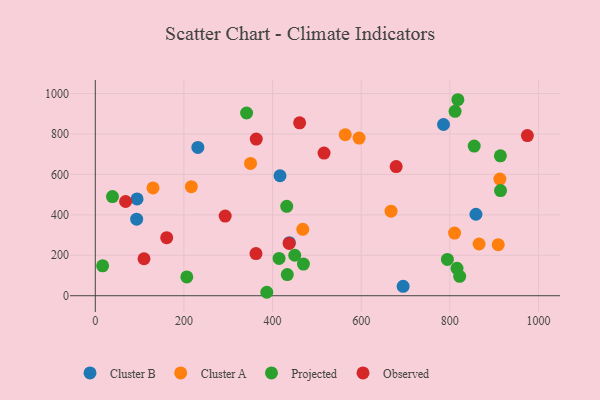
{"axis": {"x": "Experience", "y": "Exam Score"}, "legend": ["Cluster A", "Cluster B", "Observed", "Projected"], "data": [{"x": "694.7", "y": 46.3, "type": "Cluster B"}, {"x": "94.2", "y": 478.9, "type": "Cluster B"}, {"x": "437.9", "y": 262.6, "type": "Cluster B"}, {"x": "859.0", "y": 402.8, "type": "Cluster B"}, {"x": "93.3", "y": 378.4, "type": "Cluster B"}, {"x": "416.8", "y": 593.2, "type": "Cluster B"}, {"x": "785.8", "y": 846.6, "type": "Cluster B"}, {"x": "231.4", "y": 733.4, "type": "Cluster B"}, {"x": "667.4", "y": 418.1, "type": "Cluster A"}, {"x": "216.7", "y": 539.1, "type": "Cluster A"}, {"x": "913.0", "y": 576.7, "type": "Cluster A"}, {"x": "909.3", "y": 252.4, "type": "Cluster A"}, {"x": "595.3", "y": 779.4, "type": "Cluster A"}, {"x": "130.2", "y": 533.1, "type": "Cluster A"}, {"x": "810.8", "y": 309.7, "type": "Cluster A"}, {"x": "468.2", "y": 328.4, "type": "Cluster A"}, {"x": "350.3", "y": 654.4, "type": "Cluster A"}, {"x": "564.0", "y": 796.5, "type": "Cluster A"}, {"x": "866.1", "y": 255.8, "type": "Cluster A"}, {"x": "469.7", "y": 156.3, "type": "Projected"}, {"x": "818.2", "y": 969.2, "type": "Projected"}, {"x": "794.6", "y": 179.7, "type": "Projected"}, {"x": "16.5", "y": 148.1, "type": "Projected"}, {"x": "914.2", "y": 691.7, "type": "Projected"}, {"x": "38.7", "y": 490.5, "type": "Projected"}, {"x": "433.3", "y": 104.4, "type": "Projected"}, {"x": "816.3", "y": 135.4, "type": "Projected"}, {"x": "855.1", "y": 739.9, "type": "Projected"}, {"x": "341.4", "y": 903.6, "type": "Projected"}, {"x": "387.0", "y": 17.1, "type": "Projected"}, {"x": "206.5", "y": 92.8, "type": "Projected"}, {"x": "822.3", "y": 95.9, "type": "Projected"}, {"x": "414.7", "y": 184.3, "type": "Projected"}, {"x": "914.5", "y": 520.2, "type": "Projected"}, {"x": "811.9", "y": 911.6, "type": "Projected"}, {"x": "432.0", "y": 441.9, "type": "Projected"}, {"x": "450.1", "y": 200.3, "type": "Projected"}, {"x": "161.1", "y": 287.3, "type": "Observed"}, {"x": "363.2", "y": 774.6, "type": "Observed"}, {"x": "68.3", "y": 465.9, "type": "Observed"}, {"x": "516.2", "y": 705.4, "type": "Observed"}, {"x": "679.0", "y": 638.5, "type": "Observed"}, {"x": "461.1", "y": 854.8, "type": "Observed"}, {"x": "109.9", "y": 182.8, "type": "Observed"}, {"x": "293.1", "y": 394.0, "type": "Observed"}, {"x": "437.4", "y": 258.7, "type": "Observed"}, {"x": "975.1", "y": 791.7, "type": "Observed"}, {"x": "362.6", "y": 208.4, "type": "Observed"}]}